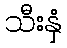
သီးနှံ